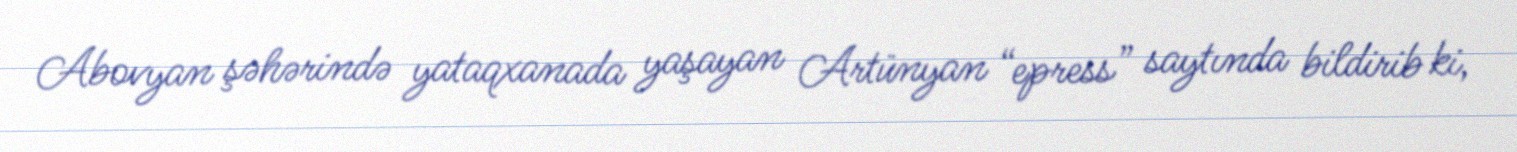
Abovyan şəhərində yataqxanada yaşayan Artünyan “epress” saytında bildirib ki,